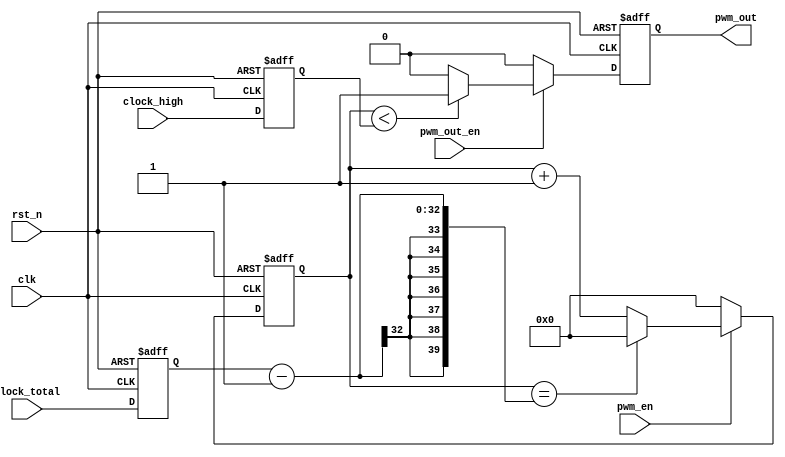
//50MhzPWM
//

module PWM_ip
(
	input				clk,			
	input				rst_n,			
	input				pwm_en,			//pwm
	
	input		[31:0]	clock_total,
	input		[31:0]	clock_high,
	input				pwm_out_en,
	
	output	reg			pwm_out
	

);
	
reg	[31:0]	clock_total_reg	;
reg	[31:0]	clock_high_reg	;


reg	[39:0]	clock_count	;

wire		pwm_wire	;


always@(posedge clk,negedge rst_n)
begin
	if(!rst_n)
		begin			
		    clock_total_reg	<=	'b0	;
		    clock_high_reg	<=	'b0	;
		end											
	else 
		begin
		    clock_total_reg	<=	clock_total	;
		    clock_high_reg	<=	clock_high	;
		end	
end
	

//pwm clock count		
always@(posedge clk,negedge rst_n)
begin
	if(!rst_n)	
		clock_count		<=	'b0	;
	else if( !pwm_en )
		clock_count		<=	'b0	;	
	else if(	clock_count	==	clock_total_reg - 1	)
		clock_count		<=	'b0	;
	else
		clock_count		<=	clock_count	+	1'b1	;
end

assign	pwm_wire	=	(	clock_count	<	clock_high_reg )	?	1'b1	:	1'b0	;	

always@(posedge clk,negedge rst_n)
begin
	if(!rst_n)
		pwm_out	<=	'b0	;
	else if(pwm_out_en)
		pwm_out	<=	pwm_wire	;
	else
		pwm_out	<=	'b0	;
end	


endmodule